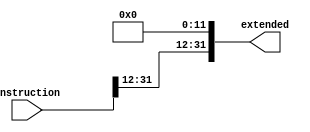
module UType32b (
    instruction,
    extended
);
    input wire [31:0] instruction;
    output wire [31:0] extended;

    assign extended = {
        instruction[31:12],
        12'b0
    };

endmodule